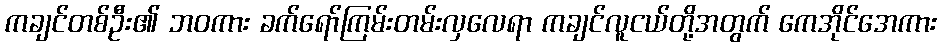
ကချင်တစ်ဦး၏ ဘဝကား ခက်ရော်ကြမ်းတမ်းလှလေရာ ကချင်လူငယ်တို့အတွက် ကေအိုင်အေကား